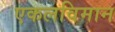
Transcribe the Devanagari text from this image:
एकलविमान